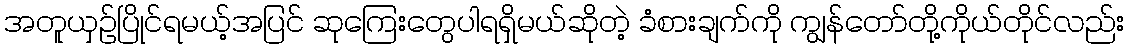
အတူယှဉ်ပြိုင်ရမယ့်အပြင် ဆုကြေးတွေပါရရှိမယ်ဆိုတဲ့ ခံစားချက်ကို ကျွန်တော်တို့ကိုယ်တိုင်လည်း